Vaccination United Provinces of Agra and Oudh 1914-1922 - 1914-1922
Year: 1914
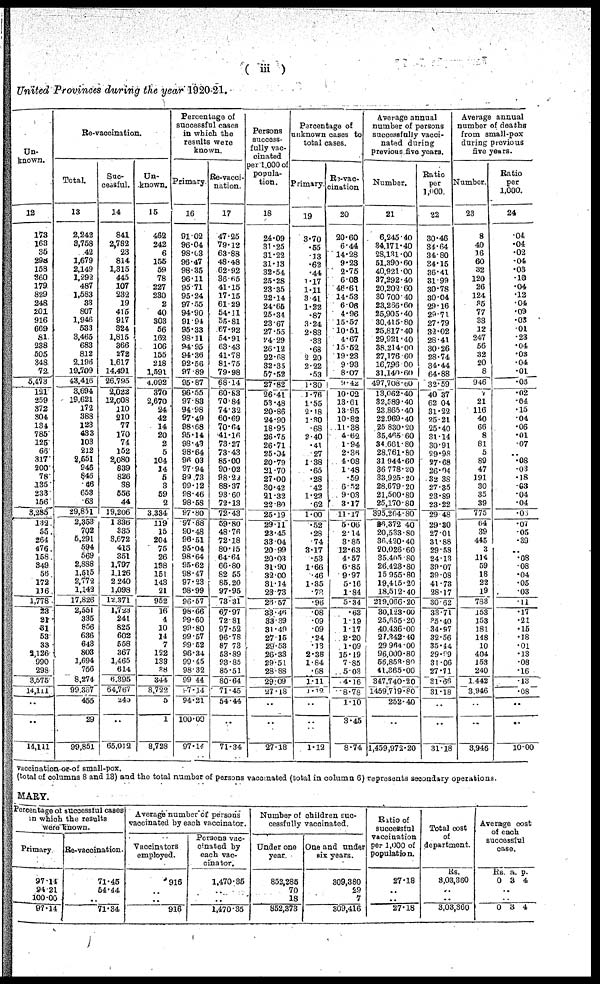
( iii )
United Provinces during the year 1920-21.
Un-
known.
12
173
163
35
298
158
360
179
829
248
201
916
669
81
238
505
348
72
5,473
121
259
372
304
134
785
125
66
317
200
78
135
233
156
3,285
132
55
264
476
158
349
56
172
116
1,778
23
21
31
53
33
2,126
990
293
3,575
14,111
..
..
14,111
Re-vaccination.
Total.
13
2,242
3,758
42
1,679
2,149
1,292
487
1,583
33
807
1,946
533
3,465
683
812
2,196
19,709
43,416
3,694
19,621
172
388
123
433
103
212
2,651
946
846
46
653
63
29,851
2,353
702
5,291
594
569
2,888
1,515
2,772
1,143
17,826
2,551
335
856
636
648
803
1,694
756
8,274
99,357
455
29
99,851
Suc-
cessful.
14
841
2,782
23
814
1,315
445
107
232
19
415
917
324
1,815
366
272
1,617
14,491
26,795
2,022
12,008
110
210
77
170
74
152
2,080
839
826
38
556
44
19,206
1,336
335
3,672
418
351
1,797
1,126
2,240
1,098
12,371
1,723
241
825
602
558
367
1,465
614
6,395
64,767
243
..
65,012
Un-
known.
15
462
242
6
155
59
78
227
230
2
40
303
56
162
106
155
218
1,591
4,092
370
2,670
24
42
14
20
2
5
104
14
5
3
59
2
3,334
119
15
204
75
26
198
151
143
21
952
16
4
10
14
7
122
133
38
344
8,722
5
1
8,728
Percentage of
successful cases
in which the
results were
known.
Primary.
16
91.02
96.04
98.03
96.47
98.35
96.11
95.71
95.24
97.55
94.90
91.94
95.33
98.11
94.95
94.36
92.56
97.89
95.87
96.55
97.83
94.98
97.49
98.68
95.14
98.43
98.64
96.03
97.94
99.73
99.12
98.46
98.58
97.80
97.88
90.48
96.51
95.04
98.64
95.62
98.47
97.23
98.99
96.57
98.66
99.60
99.80
99.57
99.52
96.34
99.45
98.32
99.44
97.14
94.21
100.00
97.14
Re-vacci-
nation.
17
47.25
79.12
63.88
48.48
62.92
36.65
41.15
17.15
61.29
54.11
55.81
67.92
54.91
63.43
41.78
81.75
79.98
68.14
60.83
70.84
74.32
60.69
70.64
41.16
73.27
73.43
85.00
90.02
98.22
88.37
93.60
72.13
72.43
59.80
48.76
72.18
80.15
64.64
66.80
82.55
85.20
97.95
73.31
67.97
72.81
97.52
96.78
87.73
53.89
93.85
85.51
80.64
71.45
54.44
..
71.34
Persons
success-
fully vac-
cinated
per 1,000 of
popula-
tion.
18
24.09
31.25
31.22
31.13
32.54
25.28
23.35
22.14
24.65
25.34
23.67
27.55
24.29
26.12
22.68
32.35
57.52
27.82
26.41
53.48
20.86
24.90
18.95
26.75
26.71
25.04
20.79
21.70
27.00
30.42
21.32
22.80
25.19
29.11
23.45
33.04
20.99
20.03
31.90
32.00
31.14
23.73
26.57
33.46
33.39
31.40
27.15
29.53
26.33
29.51
28.88
29.09
27.18
..
..
27.18
Percentage of
unknown cases to
total cases.
Primary.
19
3.70
.55
.13
.62
.44
1.17
1.11
3.41
1.22
.87
3.24
2.83
.33
.68
2.20
2.22
.53
1.30
1.76
1.55
2.18
1.30
.68
2.40
.41
.27
1.38
.65
.28
.42
1.22
.62
1.00
.52
.28
.74
3.17
.53
1.66
.46
1.85
.78
.96
.08
.09
.09
.24
.13
2.38
1.84
.68
1.11
1.12
..
..
1.12
Re-vac-
cination
20
20.60
6.44
14.28
9.23
2.75
6.08
46.61
14.53
6.06
4.96
15.57
10.51
4.67
15.52
19.23
9.93
8.07
9.42
10.02
13.61
13.95
10.82
11.38
4.62
1.94
2.36
4.08
1.48
.59
6.52
9.03
3.17
11.17
5.06
2.14
3.85
12.63
4.57
6.85
9.97
5.16
1.84
5.34
.63
1.19
1.17
2.20
1.09
15.19
7.85
5.03
4.16
8.78
1.10
3.45
8.74
Average annual
number of persons
successfully vacci-
nated during
previous five years.
Number.
21
6,245.40
34,171.40
28,131.00
51,390.60
40,921.00
37,292.40
20,202.60
30,700.40
23,266.60
25,905.40
30,415.80
25,817.40
29,921.40
38,214.00
27,176.60
16,756.00
31,140.60
497,708.60
13,062.40
32,589.40
23,865.40
22,969.40
25,830.20
35,465.60
34,661.80
28,761.80
31,944.60
36,778.20
33,925.20
28,679.20
21,500.80
25,170.80
395,204.80
26,372.40
20,533.80
36,420.40
20,026.60
35,405.80
26,423.80
15,956.80
19,415.20
18,512.40
219,066.20
30,123.00
25,655.20
40,436.00
27,342.40
29,964.00
96,000.80
56,853.80
41,865.00
347,740.20
1459,719.80
252.40
..
1,459,972.20
Ratio
per
1,000.
22
30.46
34.64
34.80
34.15
36.41
31.99
30.78
30.04
29.16
29.71
27.79
32.02
28.41
30.26
28.74
34.44
64.88
32.59
40.37
62.04
31.22
25.21
25.40
31.14
30.91
29.98
27.68
26.04
32.38
27.35
23.89
23.22
29.48
29.30
27.01
31.88
29.58
24.13
39.07
39.08
41.73
28.17
30.62
33.71
35.40
34.97
32.56
35.44
29.99
31.06
27.71
31.66
31.18
..
..
31.18
Average annual
number of deaths
from small-pox
during previous
five years.
Number.
23
8
40
16
60
32
120
26
124
35
77
33
12
247
56
32
20
8
946
7
21
116
40
66
8
81
5
89
47
191
30
35
39
775
64
39
445
3
114
59
18
22
19
788
153
153
181
148
10
404
153
240
1,442
3,946
..
..
3,946
Ratio
per
1,000.
24
.04
.04
.02
.04
.03
.10
.04
.12
.04
.09
.03
.01
.23
.04
.03
.04
.01
.06
.02
.04
.15
.04
.06
.01
.07
..
.08
.03
.18
.03
.04
.04
.05
.07
.05
.39
..
.08
.08
.04
.05
.03
.11
.17
.21
.15
.18
.01
.13
.08
.16
.13
.08
..
..
10.00
vaccination-or-of small-pox.
(total of columns 8 and 13) and the total number of persons vaccinated (total in column 6) represents secondary operations.
MARY.
Percentage of successful cases
in which the results
were known.
Primary
97.14
94.21
100.00
97.14
Re-vaccination.
71.45
54.44
..
71.34
Average number of persons
vaccinated by each vaccinator.
Vaccinators
employed.
916
..
..
916
Persons vac-
cinated by
each vac-
cinator.
1,470.35
..
..
1,470.35
Number of children suc-
cessfully vaccinated.
Under one
year.
852,285
70
18
852,373
One and under
six years.
309,380
29
7
309,416
Ratio of
successful
vaccination
per 1,000 of
population.
27.18
..
..
27.18
Total cost
of
department.
Rs.
3,03,360
..
..
3,03,360
Average cost
of each
successful
case.
Rs.
0
a.
3
p.
4
..
..
0 3 4